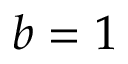
b = 1